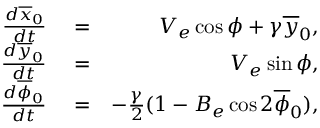
\begin{array} { r l r } { \frac { d \overline { { x } } _ { 0 } } { d t } } & { { } = } & { V _ { e } \cos \phi + \gamma \overline { { y } } _ { 0 } , } \\ { \frac { d \overline { { y } } _ { 0 } } { d t } } & { { } = } & { V _ { e } \sin \phi , } \\ { \frac { d \overline { { \phi } } _ { 0 } } { d t } } & { { } = } & { - \frac { \gamma } { 2 } ( 1 - B _ { e } \cos 2 \overline { { \phi } } _ { 0 } ) , } \end{array}